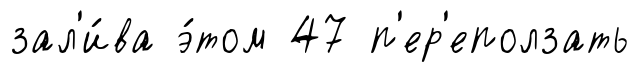
зал'и́ва э́том 47 п'ер'еползать